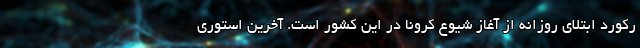
رکورد ابتلای روزانه از آغاز شیوع کرونا در این کشور است. آخرین استوری